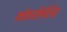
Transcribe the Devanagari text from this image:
कोकसीनेलिड